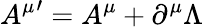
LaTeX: {A^{\mu}}^{\prime}=A^{\mu}+\partial^{\mu}\Lambda